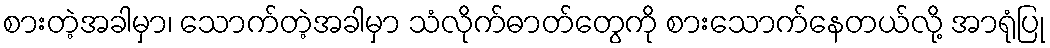
စားတဲ့အခါမှာ၊ သောက်တဲ့အခါမှာ သံလိုက်ဓာတ်တွေကို စားသောက်နေတယ်လို့ အာရုံပြု